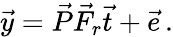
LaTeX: \vec{y}=\vec{P}\vec{F}_{r}\vec{t}+\vec{e}\, .